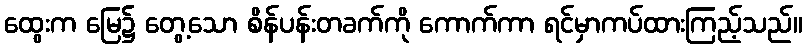
ထွေးက မြေ၌ တွေ့သော စိန်ပန်းတခက်ကို ကောက်ကာ ရင်မှာကပ်ထားကြည့်သည်။